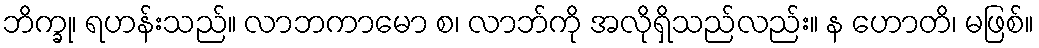
ဘိက္ခု၊ ရဟန်းသည်။ လာဘကာမော စ၊ လာဘ်ကို အလိုရှိသည်လည်း။ န ဟောတိ၊ မဖြစ်။